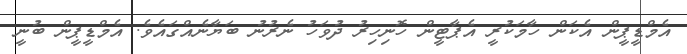
އެމްޑީޕީން އެކަން ހާމަކުރީ އެޕާޓީން ހޮނިހިރު ދުވަހު ނެރުނު ބަޔާނެއްގައެވެ. އެމްޑީޕީން ބުނީ